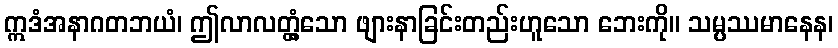
ဣဒံအနာဂတဘယံ၊ ဤလာလတ္တံ့သော ဖျားနာခြင်းတည်းဟူသော ဘေးကို။ သမ္ပဿမာနေန၊